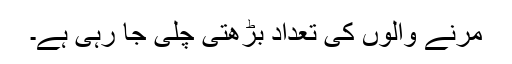
مرنے والوں کی تعداد بڑھتی چلی جا رہی ہے۔